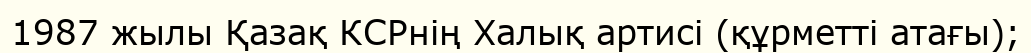
1987 жылы Қазақ КСРнің Халық артисі (құрметті атағы);